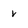
Character: v